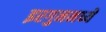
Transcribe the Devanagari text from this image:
इरगुनमध्ये